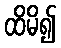
ထိမိ၍